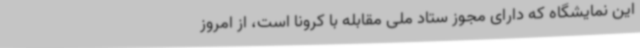
این نمایشگاه که دارای مجوز ستاد ملی مقابله با کرونا است، از امروز